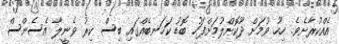
އެއްކުރާށެވެ. ހިހޫ ވުމަށް ދޫކޮށްލުމަށްފަހު ބޮޑު ކަހަނބެއްގައި ބިސް ކިރު ވެނީލާ އެސެންސް